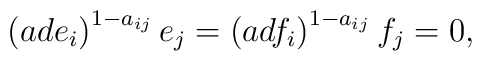
\left ( ad e_i \right )^{1-a_{ij}}e_j=\left ( ad f_i \right )^{1-a_{ij}}f_j=0,